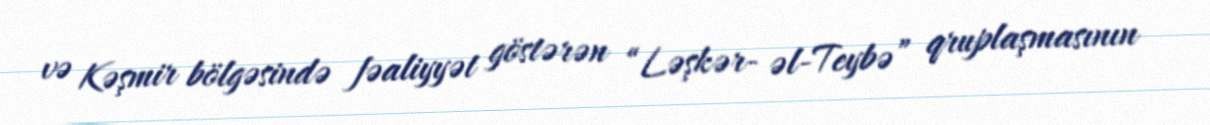
və Kəşmir bölgəsində fəaliyyət göstərən “Ləşkər- əl-Teybə” qruplaşmasının